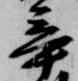
辛